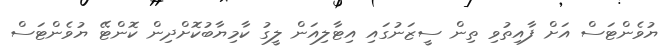
ޔުވެންޓަސް އަށް ފާއިތުވި ތިން ސީޒަނުގައި އިޓާލިއަން ލީގު ކާމިޔާބުކޮށްދިން ކޮންޓޭ ޔުވެންޓަސް